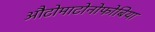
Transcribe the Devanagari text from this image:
औटोमाटोनोफोबिया